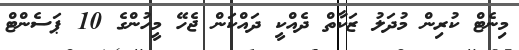
މިނެޓް ކުރިން މުދަލު ޒަކާތް ދެއްކީ ދައްކަން ޖެހޭ މީހުންގެ 10 ޕަސެންޓް